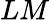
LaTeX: LM